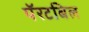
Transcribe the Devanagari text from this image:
पॅरटबिल